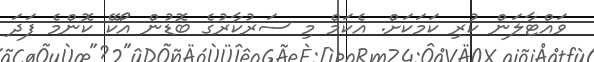
ވައްޓާލަން ކުރި ކަމަކަށް. އެކަމް މި ސަރުކާރުގެ ބޮޑުން އޯކޭ ކޮންމެ ފަދަ